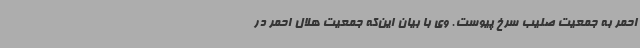
احمر به جمعیت صلیب سرخ پیوست. وی با بیان این‌که جمعیت هلال احمر در